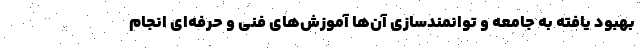
بهبود یافته به جامعه و توانمندسازی آن‌ها آموزش‌های فنی و حرفه‌ای انجام